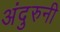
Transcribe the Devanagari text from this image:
अंदुरुनी